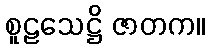
စူဠသေဋ္ဌိ ဇာတက။